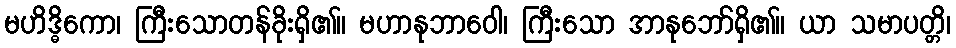
မဟိဒ္ဓိကော၊ ကြီးသောတန်ခိုးရှိ၏။ မဟာနုဘာဝေါ၊ ကြီးသော အာနုဘော်ရှိ၏။ ယာ သမာပတ္တိ၊